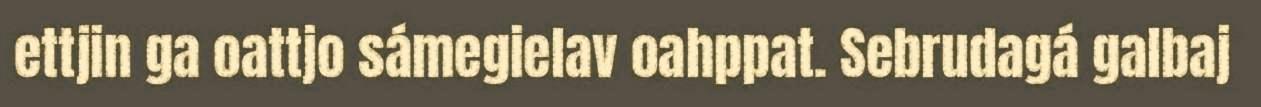
ettjin ga oattjo sámegielav oahppat. Sebrudagá galbaj